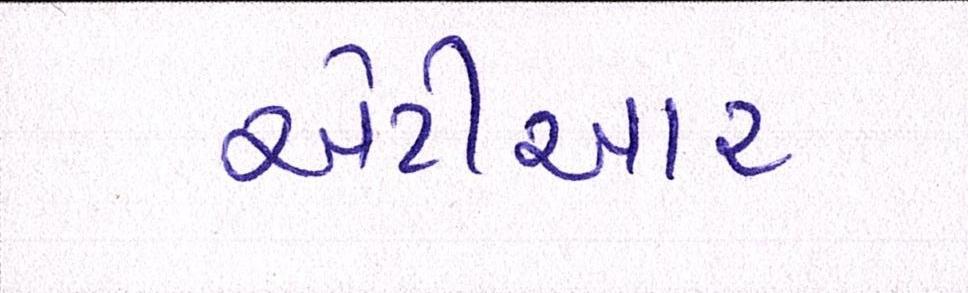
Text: એટીઆર